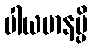
ပါယမာနမ္ပိ